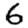
Digit: 6